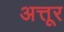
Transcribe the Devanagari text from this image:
अत्तूर